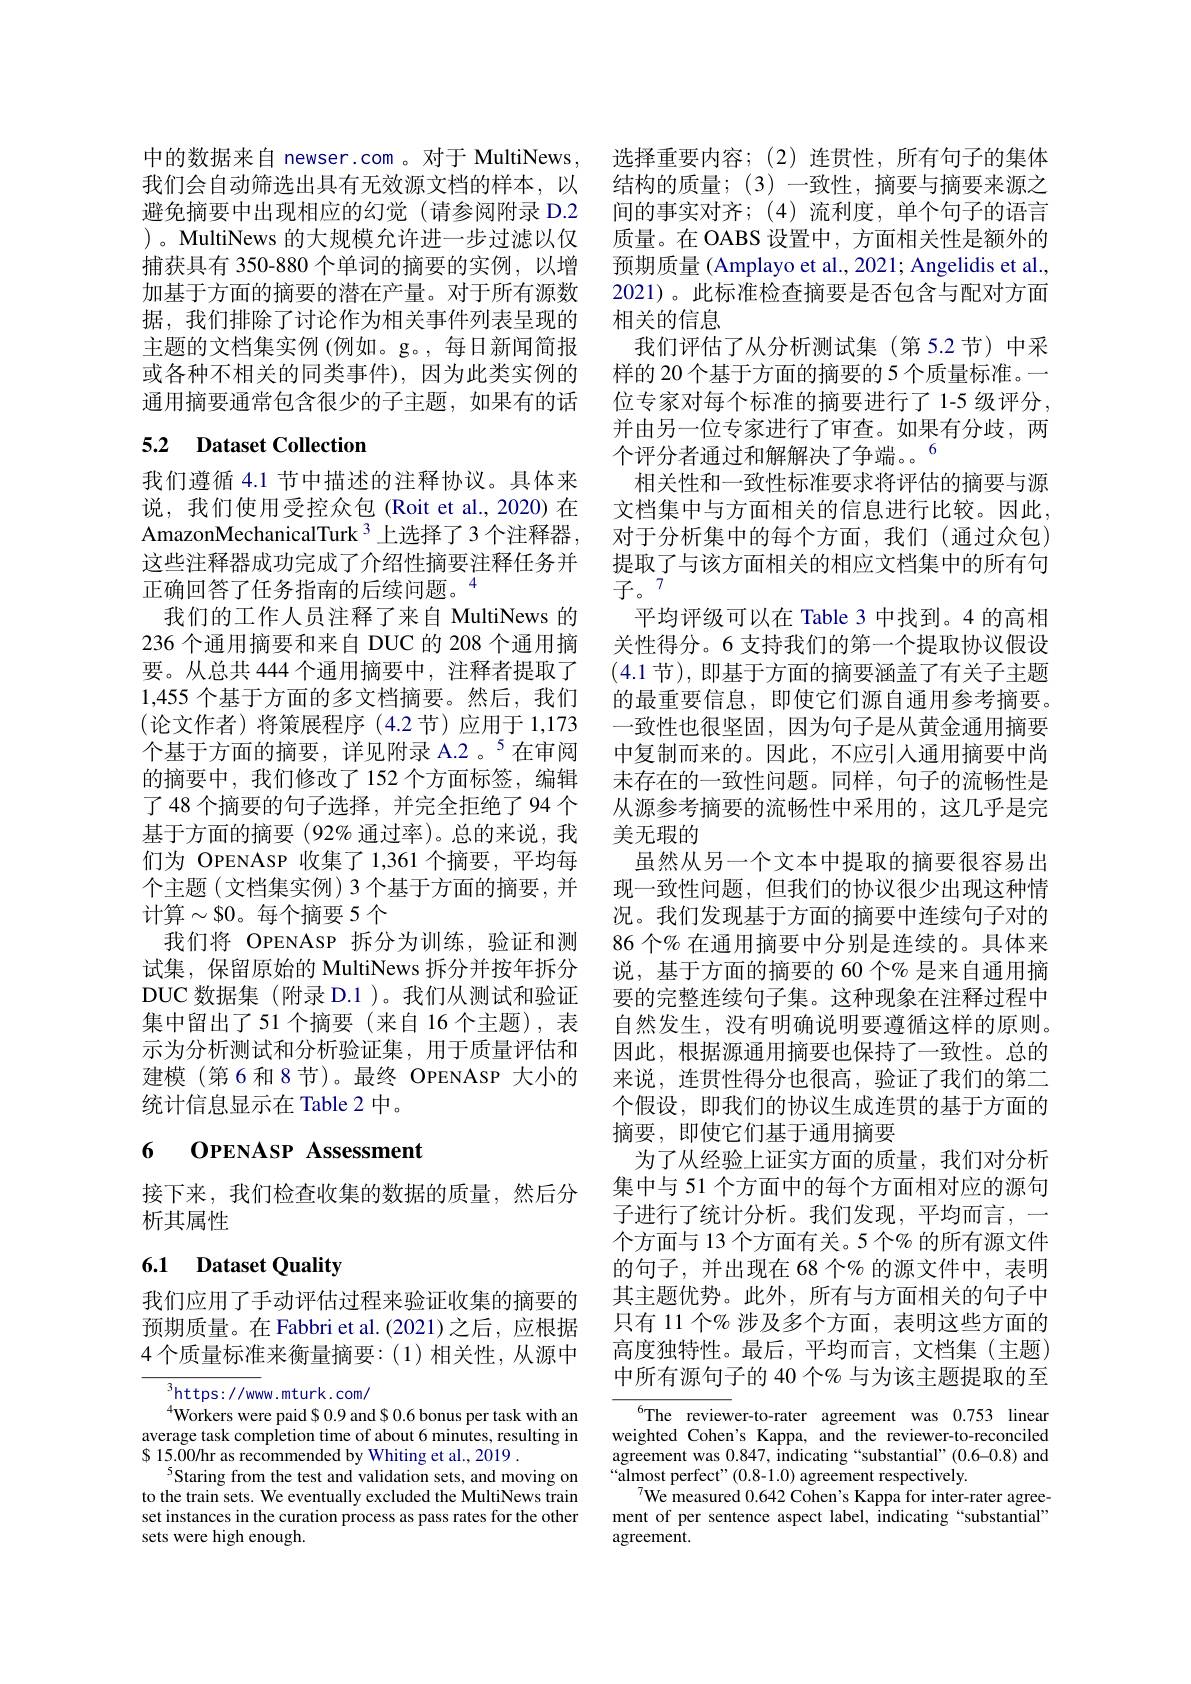
中的数据来自 newser.com 。对于 MultiNews, 我们会自动筛选出具有无效源文档的样本，以避免摘要中出现相应的幻觉(请参阅附录 D.2 )。MultiNews 的大规模允许进一步过滤以仅捕获具有 350-880 个单词的摘要的实例，以增加基于方面的摘要的潜在产量。对于所有源数据，我们排除了讨论作为相关事件列表呈现的主题的文档集实例 (例如。g。,每日新闻简报或各种不相关的同类事件),因为此类实例的通用摘要通常包含很少的子主题，如果有的话

# 5.2 Dataset Collection

我们遵循 4.1 节中描述的注释协议。具体来说，我们使用受控众包(Roit et al.,2020)在AmazonMechanicalTurk 3 上选择了3 个注释器， 这些注释器成功完成了介绍性摘要注释任务并正确回答了任务指南的后续问题。$^{4}$
我们的工作人员注释了来自 MultiNews 的236 个通用摘要和来自 DUC 的 208 个通用摘要。从总共 444 个通用摘要中，注释者提取了1,455 个基于方面的多文档摘要。然后，我们(论文作者)将策展程序(4.2节)应用于1，173个基于方面的摘要，详见附录 A.2。$^5$在审阅的摘要中，我们修改了152 个方面标签，编辑了 48 个摘要的句子选择，并完全拒绝了94 个基于方面的摘要(92%通过率)。总的来说，我们为 OPENASP 收集了1，361 个摘要，平均每个主题(文档集实例)3个基于方面的摘要，并计算$\sim$$0。每个摘要 5 个
我们将 OPENASP 拆分为训练，验证和测试集，保留原始的 MultiNews 拆分并按年拆分DUC 数据集 (附录 D.1 )。我们从测试和验证集中留出了51 个摘要(来自 16 个主题),表示为分析测试和分析验证集，用于质量评估和建模(第6和8节)。最终 OPENASP 大小的统计信息显示在 Table 2 中。

## 6 OPENASP Assessment

接下来，我们检查收集的数据的质量，然后分
析其属性

# 6.1 Dataset Quality

我们应用了手动评估过程来验证收集的摘要的预期质量。在 Fabbri et al.(2021)之后，应根据4个质量标准来衡量摘要：(1)相关性，从源中

$^{3}$https://www.mturk.com/
$^{4}$Workers were paid $0.9 and $0.6 bonus per task with an average task completion time of about 6 minutes, resulting in $\$$ 15.00/hr as recommended by Whiting et al., 2019
$^{5}$Staring from the test and validation sets, and moving on to the train sets. We eventually excluded the MultiNews train set instances in the curation process as pass rates for the other sets were high enough.

选择重要内容；(2)连贯性，所有句子的集体结构的质量；(3)一致性，摘要与摘要来源之间的事实对齐；(4)流利度，单个句子的语言质量。在 OABS 设置中，方面相关性是额外的预期质量 (Amplayo et al., 2021; Angelidis et al., 2021)。此标准检查摘要是否包含与配对方面相关的信息
我们评估了从分析测试集(第 5.2 节) 中采样的 20 个基于方面的摘要的 5 个质量标准。一位专家对每个标准的摘要进行了 1-5 级评分， 并由另一位专家进行了审查。如果有分歧，两个评分者通过和解解决了争端。6
相关性和一致性标准要求将评估的摘要与源文档集中与方面相关的信息进行比较。因此， 对于分析集中的每个方面，我们(通过众包) 提取了与该方面相关的相应文档集中的所有句子。7
平均评级可以在 Table 3 中找到。4 的高相关性得分。6 支持我们的第一个提取协议假设(4.1 节),即基于方面的摘要涵盖了有关子主题的最重要信息，即使它们源自通用参考摘要。一致性也很坚固，因为句子是从黄金通用摘要中复制而来的。因此，不应引人通用摘要中尚未存在的一致性问题。同样，句子的流畅性是从源参考摘要的流畅性中采用的，这几乎是完美无瑕的
虽然从另一个文本中提取的摘要很容易出现一致性问题，但我们的协议很少出现这种情况。我们发现基于方面的摘要中连续句子对的86 个% 在通用摘要中分别是连续的。具体来说，基于方面的摘要的 60 个% 是来自通用摘要的完整连续句子集。这种现象在注释过程中自然发生，没有明确说明要遵循这样的原则。因此，根据源通用摘要也保持了一致性。总的来说，连贯性得分也很高，验证了我们的第二个假设，即我们的协议生成连贯的基于方面的摘要，即使它们基于通用摘要
为了从经验上证实方面的质量，我们对分析集中与 51 个方面中的每个方面相对应的源句子进行了统计分析。我们发现，平均而言，一个方面与 13 个方面有关。5 个% 的所有源文件的句子，并出现在 68 个% 的源文件中，表明其主题优势。此外，所有与方面相关的句子中只有 11 个% 涉及多个方面，表明这些方面的高度独特性。最后，平均而言，文档集(主题) 中所有源句子的 40 个% 与为该主题提取的至
$^{6}$The reviewer-to-rater agreement was 0.753 linear

weighted Cohen's Kappa, and the reviewer-to-reconciled agreement was 0.847, indicating “substantial”(0.6-0.8) and “almost perfect" (0.8-1.0) agreement respectively.
$^{7}$We measured 0.642 Cohen's Kappa for inter-rater agreement of per sentence aspect label, indicating “substantial” agreement.